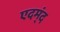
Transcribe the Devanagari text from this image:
एदम्ंद